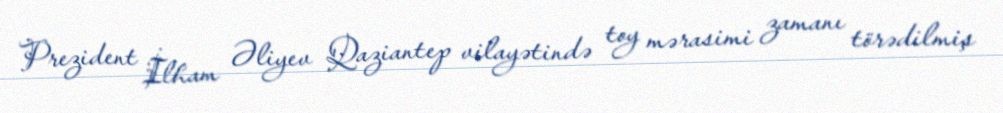
Prezident İlham Əliyev Qaziantep vilayətində toy mərasimi zamanı törədilmiş